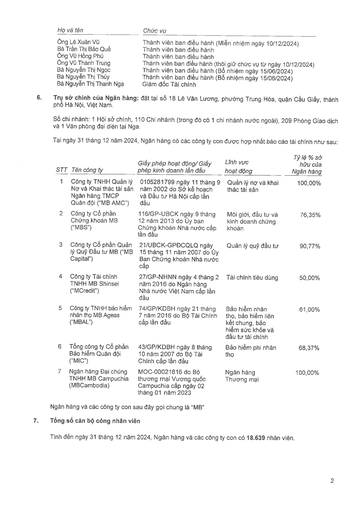
|Họ và tên|Chức vụ| |---|---| |Ông Lê Xuân Vũ|Thành viên ban điều hành (Miễn nhiệm ngày 10/12/2024)| |Bà Trần Thị Bảo Quế|Thành viên ban điều hành| |Ông Vũ Hồng Phú|Thành viên ban điều hành| |Ông Vũ Thành Trung|Thành viên ban điều hành (thôi giữ chức vụ từ ngày 10/12/2024)| |Bà Nguyễn Thị Ngọc|Thành viên ban điều hành (Bổ nhiệm ngày 15/06/2024)| |Bà Nguyễn Thị Thúy|Thành viên ban điều hành (Bổ nhiệm ngày 15/06/2024)| |Bà Nguyễn Thị Thanh Nga|Giám đốc Tài chính| |STT|Tên công ty|Giấy phép hoạt động/ Giấy phép kinh doanh lần đầu|Lĩnh vực hoạt động|Tỷ lệ % sở hữu của Ngân hàng| |---|---|---|---|---| |1|Công ty TNHH Quản lý Nợ và Khai thác Tài sản Ngân hàng TMCP Quân đội ("MB AMC")|0105281799 ngày 11 tháng 9 năm 2002 do Sở Kế hoạch và Đầu tư Hà Nội cấp lần đầu|Quản lý nợ và khai thác tài sản|100,00%| |2|Công ty Cổ phần Chứng khoán MB ("MBS")|116/GP-UBCK ngày 9 tháng 12 năm 2013 do Ủy ban Chứng khoán Nhà nước cấp lần đầu|Môi giới, đầu tư và kinh doanh chứng khoán|76,35%| |3|Công ty Cổ phần Quản lý Quỹ Đầu tư MB ("MB Capital")|21/UBCK-GPDCQLQ ngày 15 tháng 11 năm 2007 do Ủy Ban Chứng khoán Nhà nước cấp|Quản lý quỹ đầu tư|90,77%| |4|Công ty Tài chính TNHH MB Shinsei ("MCredit")|27/GP-NHNN ngày 4 tháng 2 năm 2016 do Ngân hàng Nhà nước Việt Nam cấp lần đầu|Tài chính tiêu dùng|50,00%| |5|Công ty TNHH Bảo hiểm Nhân thọ MB Ageas ("MBAL")|74/GP/KDBH ngày 21 tháng 7 năm 2016 do Bộ Tài Chính cấp lần đầu|Bảo hiểm nhân thọ, bảo hiểm liên kết chung, bảo hiểm sức khỏe và đầu tư tài chính|61,00%| |6|Tổng Công ty Cổ phần Bảo hiểm Quân đội ("MIC")|43/GP/KDBH ngày 8 tháng 10 năm 2007 do Bộ Tài Chính cấp lần đầu|Bảo hiểm phi nhân thọ|68,37%| |7|Ngân hàng Đại chúng TNHH MB Campuchia (MBCambodia)|MOC-00021616 do Bộ Thương mại Vương quốc Campuchia cấp ngày 02 tháng 01 năm 2023|Ngân hàng Thương mại|100,00%|